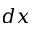
d x